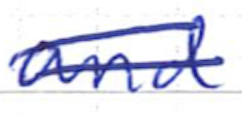
Text: and
Cross-out: double-line
Writing tool: ballpoint